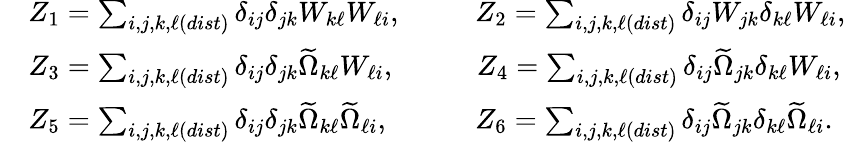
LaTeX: \begin{array}{rl}&{Z_{1}=\sum_{i,j,k,\ell(dist)}\delta_{ij}\delta_{jk}W_{k\ell}W_{\ell i},\qquad\; \; Z_{2}=\sum_{i,j,k,\ell(dist)}\delta_{ij}W_{jk}\delta_{k\ell}W_{\ell i},}\\ &{Z_{3}=\sum_{i,j,k,\ell(dist)}\delta_{ij}\delta_{jk}\widetilde{\Omega}_{k\ell}W_{\ell i},\qquad\; \; \; Z_{4}=\sum_{i,j,k,\ell(dist)}\delta_{ij}\widetilde{\Omega}_{jk}\delta_{k\ell}W_{\ell i},}\\ &{Z_{5}=\sum_{i,j,k,\ell(dist)}\delta_{ij}\delta_{jk}\widetilde{\Omega}_{k\ell}\widetilde{\Omega}_{\ell i},\qquad\quad Z_{6}=\sum_{i,j,k,\ell(dist)}\delta_{ij}\widetilde{\Omega}_{jk}\delta_{k\ell}\widetilde{\Omega}_{\ell i}.}\end{array}